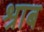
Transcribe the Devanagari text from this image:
श्राब